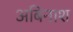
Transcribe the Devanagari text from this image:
अबिनाश